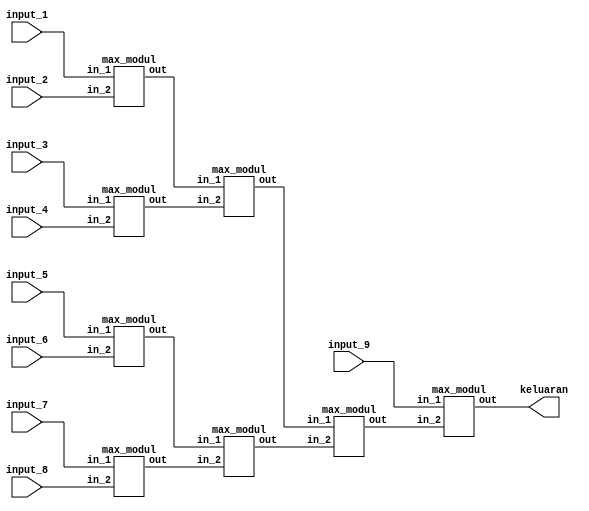
module max_Q(input_1,input_2,input_3,input_4,input_5,input_6,input_7,input_8,input_9,keluaran);
	input [15:0] input_1;
	input [15:0] input_2;
	input [15:0] input_3;
	input [15:0] input_4;
	input [15:0] input_5;
	input [15:0] input_6;
	input [15:0] input_7;
	input [15:0] input_8;
	input [15:0] input_9;

	wire [15:0] output_a;
	wire [15:0] output_b;
	wire [15:0] output_c;
	wire [15:0] output_d;
	wire [15:0] output_e;
	wire [15:0] output_f;
	wire [15:0] output_g;
	output [15:0] keluaran;
	// reg [15:0] keluaran;

	max_modul inst_8(.in_1(input_9),.in_2(output_g),.out(keluaran));
	max_modul inst_7(.in_1(output_e),.in_2(output_f),.out(output_g));
	max_modul inst_6(.in_1(output_c),.in_2(output_d),.out(output_f));
	max_modul inst_5(.in_1(output_a),.in_2(output_b),.out(output_e));
	max_modul inst_4(.in_1(input_7),.in_2(input_8),.out(output_d));
	max_modul inst_3(.in_1(input_5),.in_2(input_6),.out(output_c));
	max_modul inst_2(.in_1(input_3),.in_2(input_4),.out(output_b));
	max_modul inst_1(.in_1(input_1),.in_2(input_2),.out(output_a));

endmodule	

module max_modul (in_1,in_2,out);
	input [15:0] in_1;
	input [15:0] in_2;
	output [15:0] out;
	assign out = (in_1>in_2) ? in_1 : in_2;
endmodule